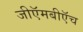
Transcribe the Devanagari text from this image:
जीऍमबीऍच